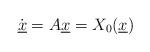
LaTeX: \begin{align*}\dot {\underline x} = A \underline x = X_0 (\underline x)\end{align*}